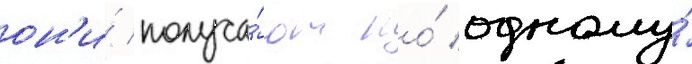
он'и́ получа́ют по́ одному́